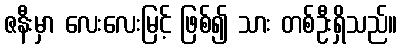
ဇနီးမှာ လေးလေးမြင့် ဖြစ်၍ သား တစ်ဦးရှိသည်။